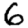
Digit: 6